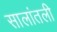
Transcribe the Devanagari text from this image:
सालांतली